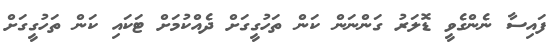
ފައިސާ ނެންގެވީ ޑޮލަރު ގަންނަން ކަން ތަހުގީގަށް ދެއްކުމަށް ޓަކައި ކަން ތަހުގީގަށް